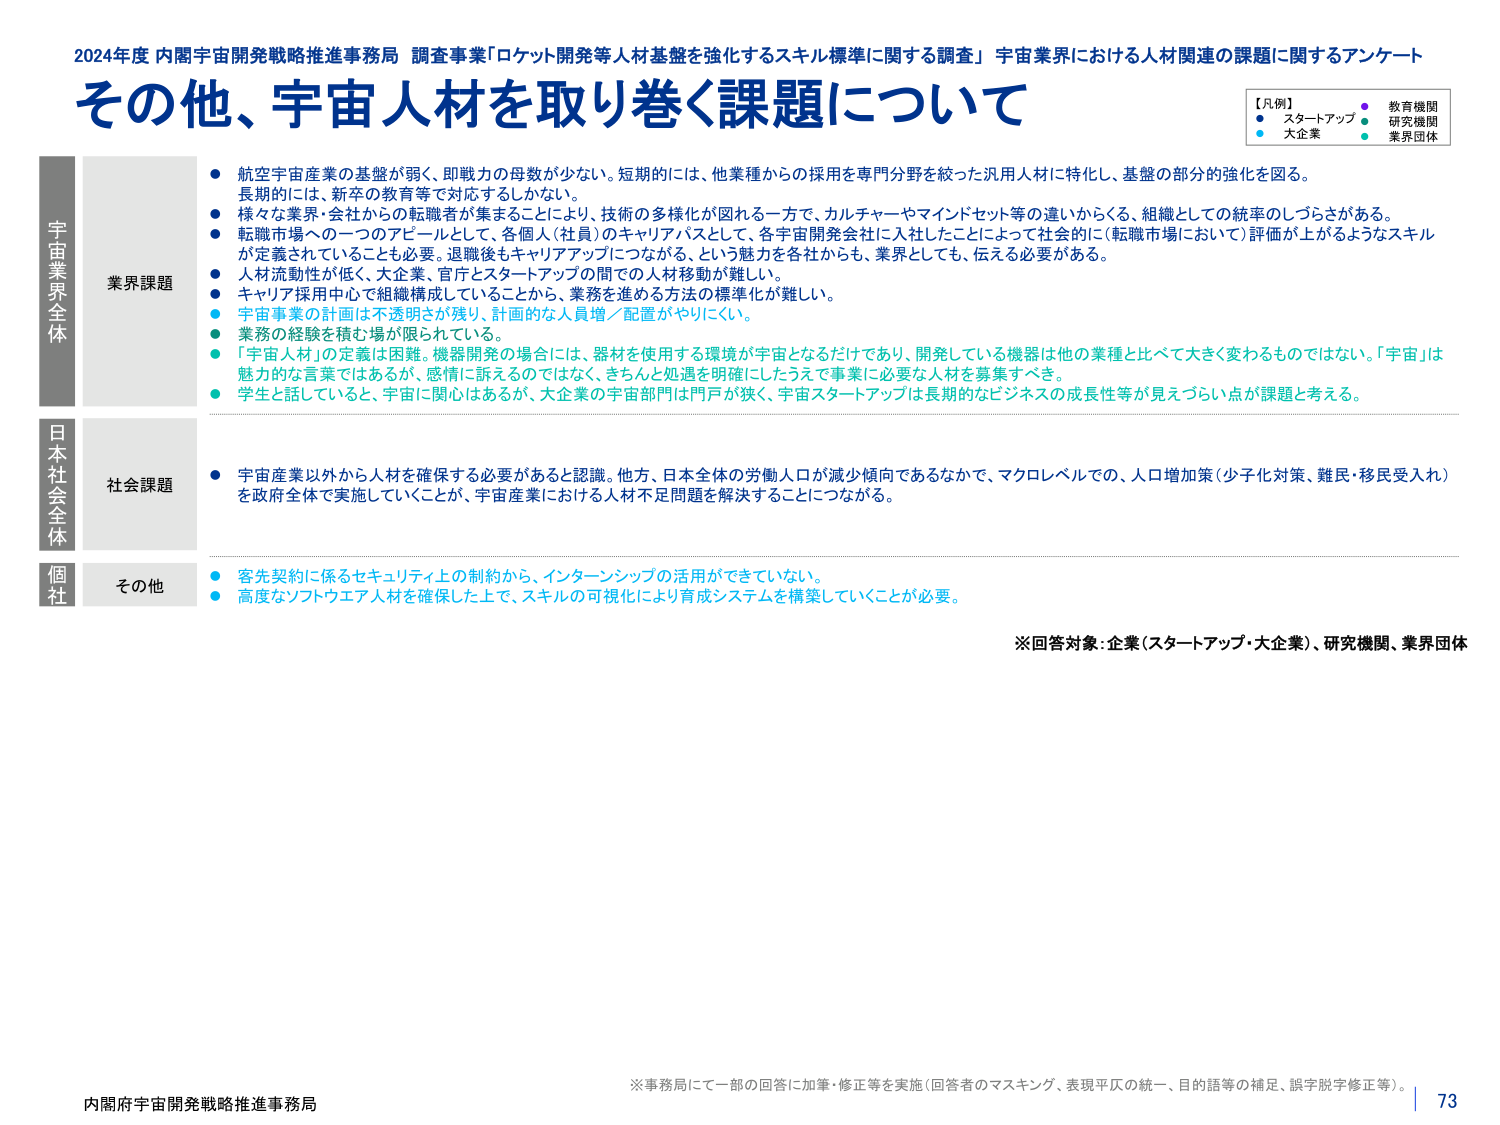
2024年度 内閣府宇宙開発戦略推進事務局 調査事業「ロケット開発等人材基盤を強化するスキル標準に関する調査」 宇宙業界における人材関連の課題に関するアンケート
その他、宇宙人材を取り巻く課題について

【凡例】
● スタートアップ
● 教育機関
● 大企業
● 研究機関
● 業界団体

宇宙業界全体
業界課題
● 航空宇宙産業の基盤が弱く、即戦力の母数が少ない。短期的には、他業種からの採用を専門分野を絞った汎用人材に特化し、基盤の部分的強化を図る。
● 長期的には、新卒の教育等で対応するしかない。
● 様々な業界・会社からの転職者が集まることにより、技術の多様化が図れる一方で、カルチャーやマインドセット等の違いがくる、組織としての統率のしづらさがある。
● 転職市場への一つのアピールとして、各個人（社員）のキャリアパスとして、各宇宙開発会社に入社したことによって社会的に（転職市場において）評価が上がるようなスキルが定義されていることも必要。退職後もキャリアアップにつながる、という魅力を各社からも、業界としても、伝える必要がある。
● 人流動性が低く、大企業、官庁とスタートアップの間での人材移動が難しい。
● キャリア採用中心で組織構成していることから、業務を進める方法の標準化が難しい。
● 宇宙事業の計画は不透明さが残り、計画的な人員増／配置がやりにくい。
● 業務の経験を積む場が限られている。
● 「宇宙人材」の定義は困難。機器開発の場合には、器材を使用する環境が宇宙となるだけであり、開発している機器は他の業種と比べて大きく変わるものではない。「宇宙」は魅力的な言葉ではあるが、感情に訴えるのではなく、きちんと処遇を明確にしたうえで事業に必要な人材を募集すべき。
● 学生と話していると、宇宙に関心はあるが、大企業の宇宙部門は門戸が狭く、宇宙スタートアップは長期的なビジネスの成長性等が見えづらい点が課題と考える。

日本社会全体
社会課題
● 宇宙産業以外から人材を確保する必要があると認識。他方、日本全体の労働人口が減少傾向であるなかで、マクロレベルでの、人口増加策（少子化対策、難民・移民受入れ）を政府全体で実施していくことが、宇宙産業における人材不足問題を解決することにつながる。

個社
その他
● 客先契約に係るセキュリティ上の制約から、インターンシップの活用ができていない。
● 高度なソフトウエア人材を確保した上で、スキルの可視化により育成システムを構築していくことが必要。

※回答対象：企業（スタートアップ・大企業）、研究機関、業界団体

※事務局にて一部の回答に加筆・修正等を実施（回答者のマスキング、表現平仄の統一、目的語等の補足、誤字脱字修正等）。
内閣府宇宙開発戦略推進事務局
73